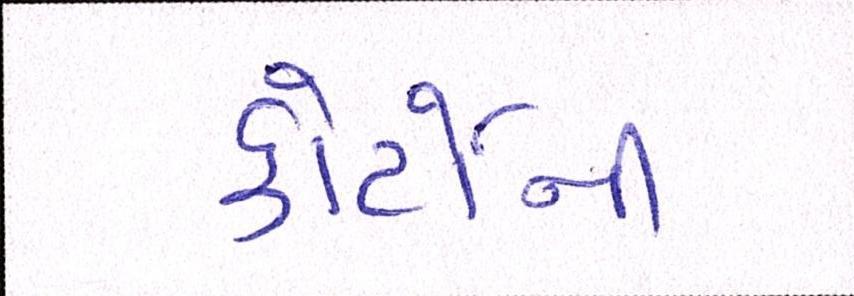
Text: કોર્ટોની